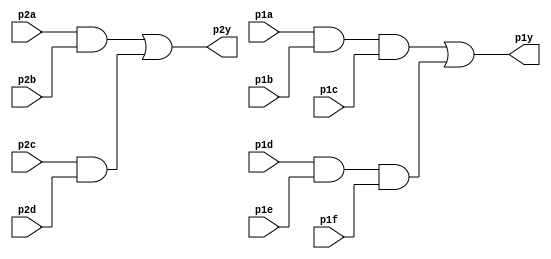
module top_module ( 
    input p1a, p1b, p1c, p1d, p1e, p1f,
    output p1y,
    input p2a, p2b, p2c, p2d,
    output p2y );

    wire temp1, temp2, temp3, temp4;

    assign temp1 = p1a && p1b && p1c;
    assign temp2 = p1d && p1e && p1f;

    assign temp3 = p2a && p2b;
    assign temp4 = p2c && p2d;

    assign p1y = temp1 || temp2;
    assign p2y = temp3 || temp4;
    
endmodule